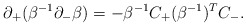
\begin{align*}\partial_+(\beta^{-1} \partial_- \beta) = -\beta^{-1} C_+(\beta^{-1})^T C_-. \end{align*}